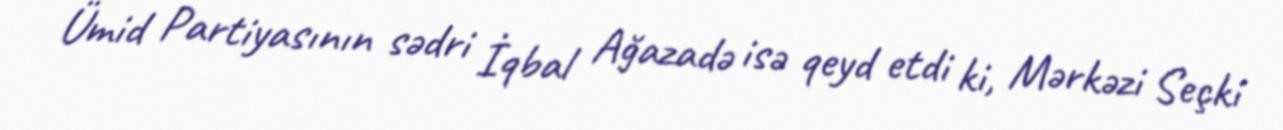
Ümid Partiyasının sədri İqbal Ağazadə isə qeyd etdi ki, Mərkəzi Seçki